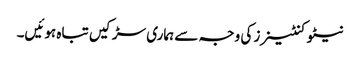
نیٹو کنٹینرز کی وجہ سے ہماری سڑکیں تباہ ہوئیں۔